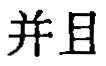
并且